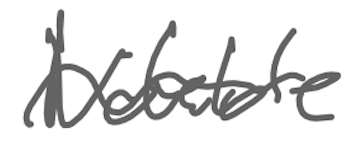
Text: Notable
Cross-out: wave
Writing tool: digital_gray